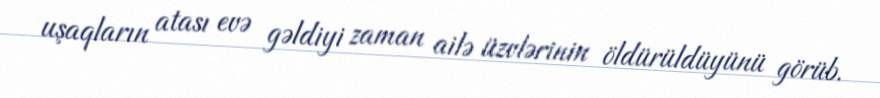
uşaqların atası evə gəldiyi zaman ailə üzvlərinin öldürüldüyünü görüb.